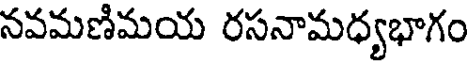
నవమణిమయ రసనామధ్యభాగం